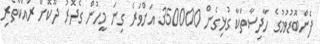
ފެންބޮޑުވުމުގެ ހާދިސާތަކާ ގުޅިގެން 350000 އަށްވުރެ ގިނަ މީހުން ގެދޮރު ދޫކޮށް ރައްކާތެރި